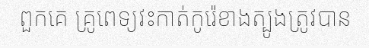
ពួកគេ គ្រូពេទ្យវះកាត់កូរ៉េខាងត្បូងត្រូវបាន